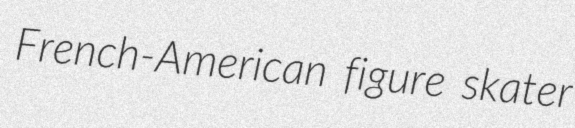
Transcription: French-American figure skater